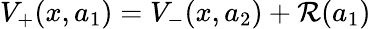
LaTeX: V_{+}(x,a_{1})=V_{-}(x,a_{2})+\mathcal{R}(a_{1})